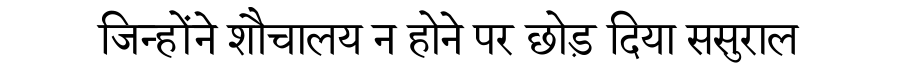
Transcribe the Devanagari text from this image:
जिन्होंने शौचालय न होने पर छोड़ दिया ससुराल